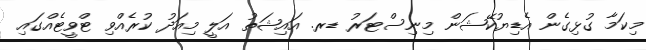
މިކަމާ ގުޅިގެން އެޑިޔުކޭޝަން މިނިސްޓަރު ޑރ. އައިޝަތު އަލީ މިއަދު ކުރެއްވި ޓްވީޓެއްގައި